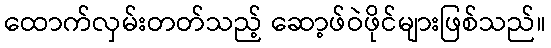
ထောက်လှမ်းတတ်သည့် ဆော့ဖ်ဝဲဖိုင်များဖြစ်သည်။